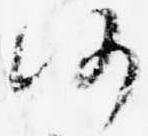
仍